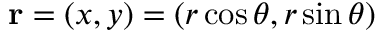
{ \bf r } = ( x , y ) = ( r \cos \theta , r \sin \theta )